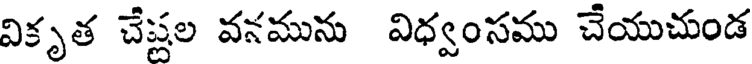
వికృత చేష్టల వనమును విధ్వంసము చేయుచుండ